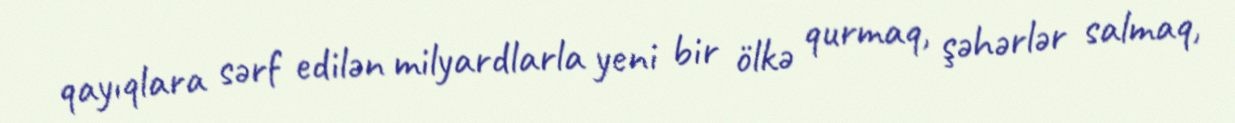
qayıqlara sərf edilən milyardlarla yeni bir ölkə qurmaq, şəhərlər salmaq,